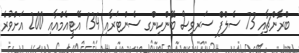
ބްރާންޗާއި 73 ސެލްފް ސަރވިސް ބޭންކިންގ ސެންޓަރާއި 134 އޭޓީއެމްއާއި 200 އަށްވުރެ